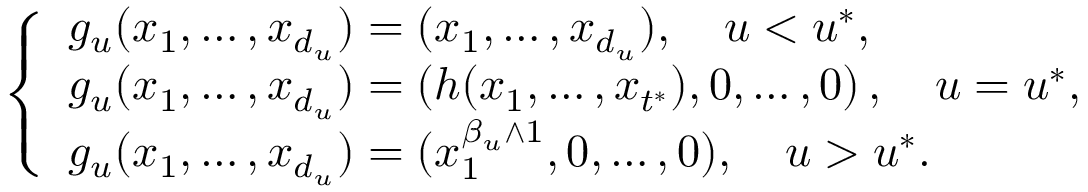
\left\{ \begin{array} { l l l } { g _ { u } ( x _ { 1 } , \ldots , x _ { d _ { u } } ) = ( x _ { 1 } , \ldots , x _ { d _ { u } } ) , \quad u < u ^ { \ast } , } \\ { g _ { u } ( x _ { 1 } , \ldots , x _ { d _ { u } } ) = \left( h ( x _ { 1 } , \ldots , x _ { t ^ { \ast } } ) , 0 , \ldots , 0 \right) , \quad u = u ^ { \ast } , } \\ { g _ { u } ( x _ { 1 } , \ldots , x _ { d _ { u } } ) = ( x _ { 1 } ^ { \beta _ { u } \wedge 1 } , 0 , \ldots , 0 ) , \quad u > u ^ { \ast } . } \end{array} \right.